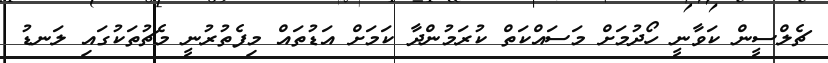
ޗެލްސީން ކަވާނީ ހޯދުމަށް މަސައްކަތް ކުރަމުންދާ ކަމަށް އަޑުތައް މިފެތުރުނީ މެޗުތަކުގައި ލަނޑު